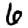
Digit: 6